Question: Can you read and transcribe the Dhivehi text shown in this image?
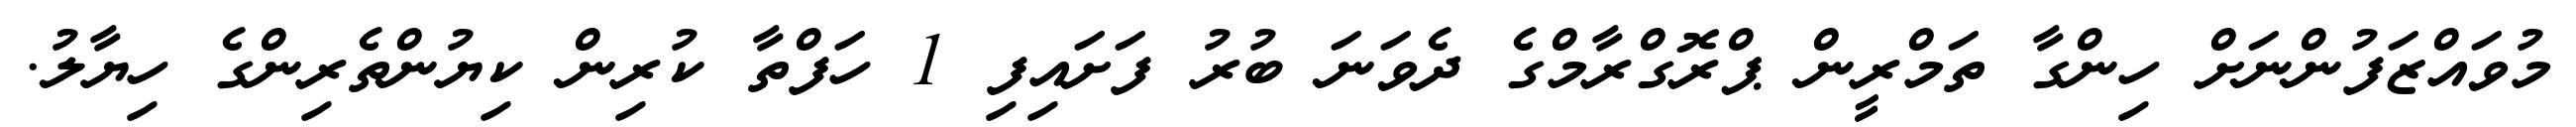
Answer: މުވައްޒަފުންނަށް ހިންގާ ތަމްރީން ޕްރޮގްރާމްގެ ދެވަނަ ބުރު ފަށައިފި 1 ހަފްތާ ކުރިން ކިޔުންތެރިންގެ ހިޔާލު.